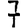
Digit: 7